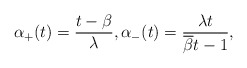
\begin{align*}\alpha_+(t)=\frac{t-\beta}{\lambda}, \alpha_-(t)=\frac{\lambda t}{\overline{\beta} t-1},\end{align*}